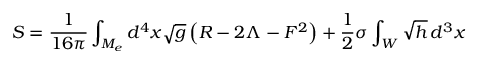
{ \cal S } = \frac { 1 } { 1 6 \pi } \int _ { M _ { e } } d ^ { 4 } x \sqrt { g } \left( R - 2 \Lambda - F ^ { 2 } \right) + \frac { 1 } { 2 } \sigma \int _ { W } \sqrt { h } \, d ^ { 3 } x